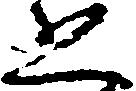
恐